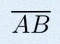
\overline{AB}